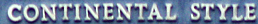
CONTINENTAL STYLE